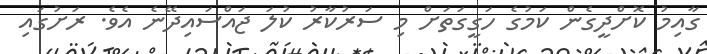
ގާއިމު ކޮށްދީގެން ކަމުގެ ހަގީގަތަށް މި ސަރުކާރު ކުލަ ޖައްސައިދޭނެ އެވެ. ރަށުގައި